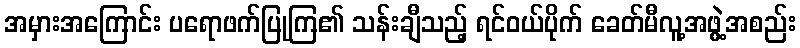
အမှားအကြောင်း ပရောဖက်ပြုကြ၏ သန်းချီသည့် ရင်ဝယ်ပိုက် ခေတ်မီလူ့အဖွဲ့အစည်း